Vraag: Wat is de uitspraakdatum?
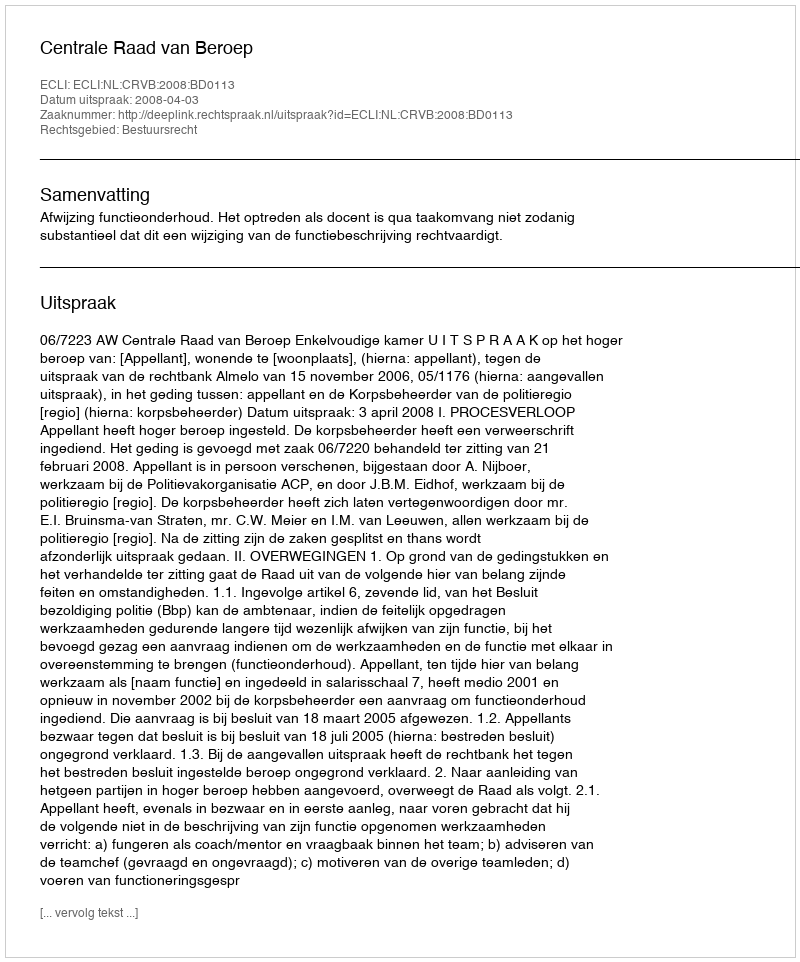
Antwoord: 2008-04-03